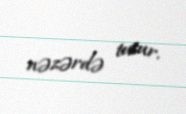
nəzərdə tutur.